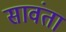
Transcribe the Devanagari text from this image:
सावंता